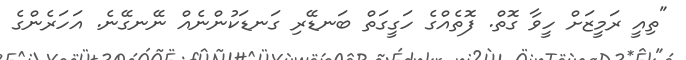
"ތިއީ ރަމީޒަށް ހީވާ ގޮތް. ފޮތެއްގެ ހަގީގަތް ބަނޑޭރި ގަނޑަކުންނެއް ނޭނގޭނެ. އަހަރެންގެ